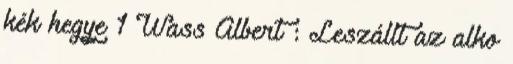
kék hegye 1 Wass Albert : Leszállt az alko